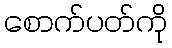
စောက်ပတ်ကို